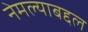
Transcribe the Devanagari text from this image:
नेमल्याबद्दल